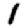
Digit: 1